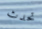
تحدث